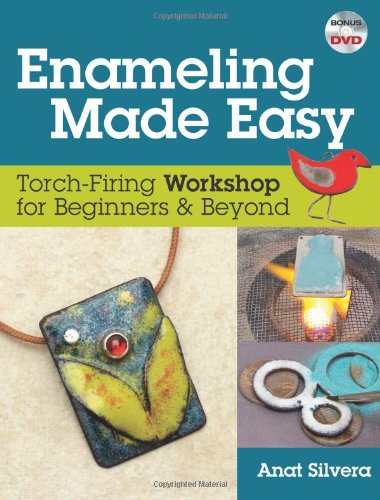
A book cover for Enameling Made Easy: Torch-Firing Workshop for Beginners & Beyond; Anat Silvera; Crafts, Hobbies & Home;